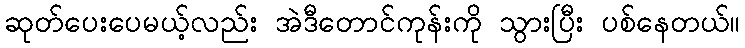
ဆုတ်ပေးပေမယ့်လည်း အဲဒီတောင်ကုန်းကို သွားပြီး ပစ်နေတယ်။